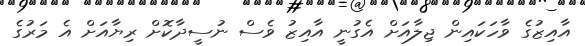
އާއިޒުގެ ވާހަކައިން ޖިލާއަށް އެގުނީ އާއިޒު ވެސް ނުސީދާކޮށް ރިޔާއަށް އެ މަރުގެ